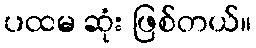
ပထမ ဆုံး ဖြစ်တယ်။